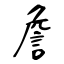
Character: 詹